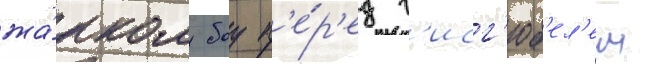
жа́рком боу п'е́р'ед г'исг'юб'ел'ем